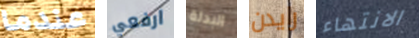
عندما ارفعي البدلة رايدن الانتهاء